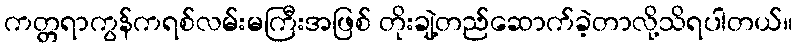
ကတ္တရာကွန်ကရစ်လမ်းမကြီးအဖြစ် တိုးချဲ့တည်ဆောက်ခဲ့တာလို့သိရပါတယ်။